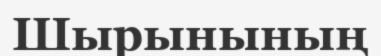
Шырынының